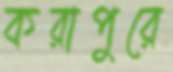
করাপুরে